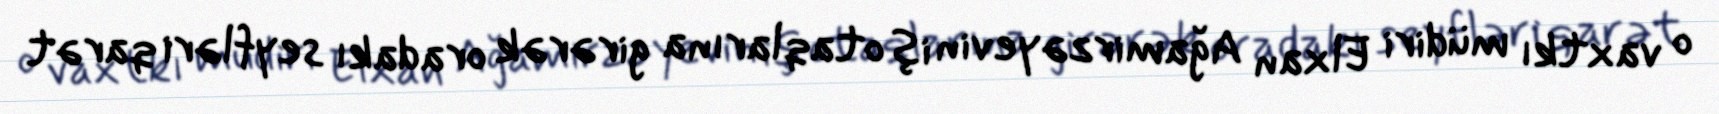
o vaxtkı müdiri Elxan Ağamirzəyevin iş otaqlarına girərək oradakı seyfləri qarət